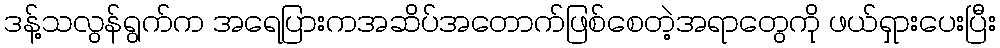
ဒန့်သလွန်ရွက်က အရေပြားကအဆိပ်အတောက်ဖြစ်စေတဲ့အရာတွေကို ဖယ်ရှားပေးပြီး